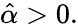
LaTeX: {\hat{\alpha}}>0.